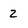
Character: 2